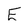
Character: E